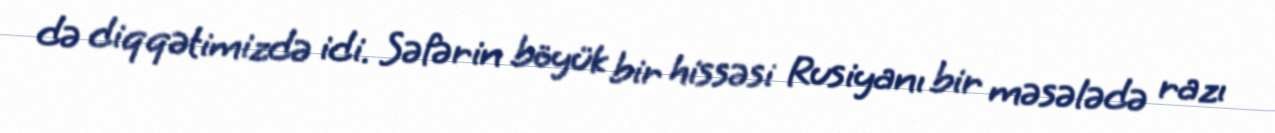
də diqqətimizdə idi. Səfərin böyük bir hissəsi Rusiyanı bir məsələdə razı